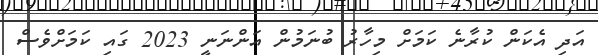
އަދި އެކަން ކުރާނެ ކަމަށް މިހާރު ބުނަމުން އަންނަނީ 2023 ގައި ކަމަށްވެސް